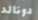
دونالد